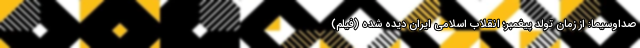
صداوسیما: از زمان تولد پیغمبر؛ انقلاب اسلامی ایران دیده شده (فیلم)